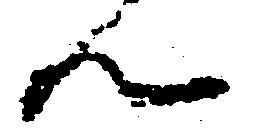
ん